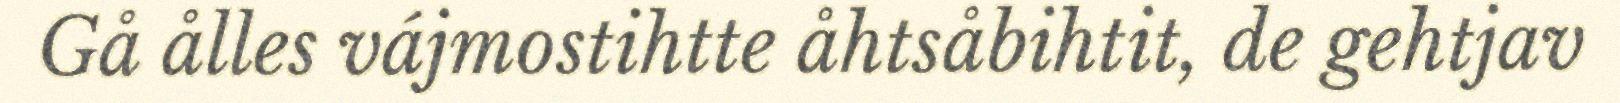
Gå ålles vájmostihtte åhtsåbihtit, de gehtjav